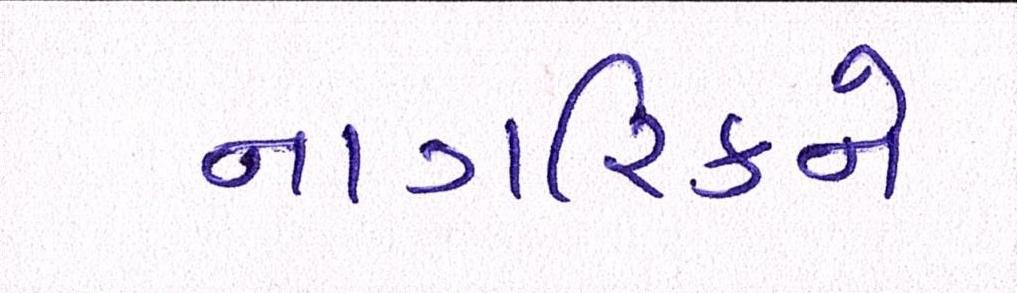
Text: નાગરિકને